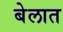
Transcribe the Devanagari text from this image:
बेलात